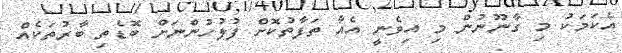
އެކަމަކު މި ގާނޫނުން މި އިވެނީ އެއާ ތަފާތުކޮށް ފުލުހުންނަށް ބޮޑެތި ބާރުތަކެއް